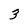
Character: 3